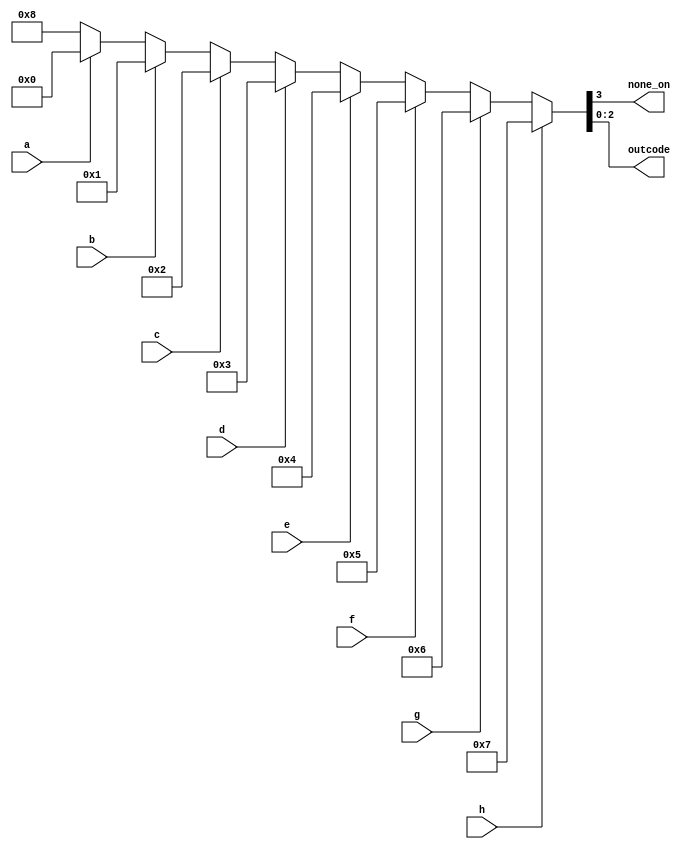
module encoder8_3(none_on,outcode,a,b,c,d,e,f,g,h);
output none_on;
output[2:0] outcode;
input a,b,c,d,e,f,g,h;
reg[3:0] outtemp;
assign {none_on,outcode}=outtemp;

always @(a or b or c or d or e or f or g or h)
  begin
if(h)  		outtemp=4'b0111;
else if(g) 	outtemp=4'b0110;
else if(f) 	outtemp=4'b0101;
else if(e) 	outtemp=4'b0100;
else if(d) 	outtemp=4'b0011;
else if(c)  	outtemp=4'b0010;
else if(b) 	outtemp=4'b0001;
else if(a) 	outtemp=4'b0000;   
else   		outtemp=4'b1000;
  end
endmodule